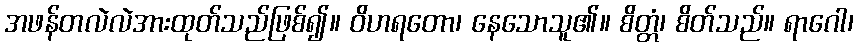
အဖန်တလဲလဲအားထုတ်သည်ဖြစ်၍။ ဝိဟရတော၊ နေသောသူ၏။ စိတ္တံ၊ စိတ်သည်။ ရာဂေါ၊